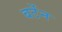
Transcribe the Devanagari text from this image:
बर्टेन